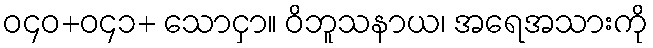
ဝ၄၀+ဝ၄၁+ သောငှာ။ ဝိဘူသနာယ၊ အရေအသားကို